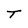
Character: T